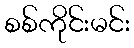
စစ်ကိုင်းမင်း